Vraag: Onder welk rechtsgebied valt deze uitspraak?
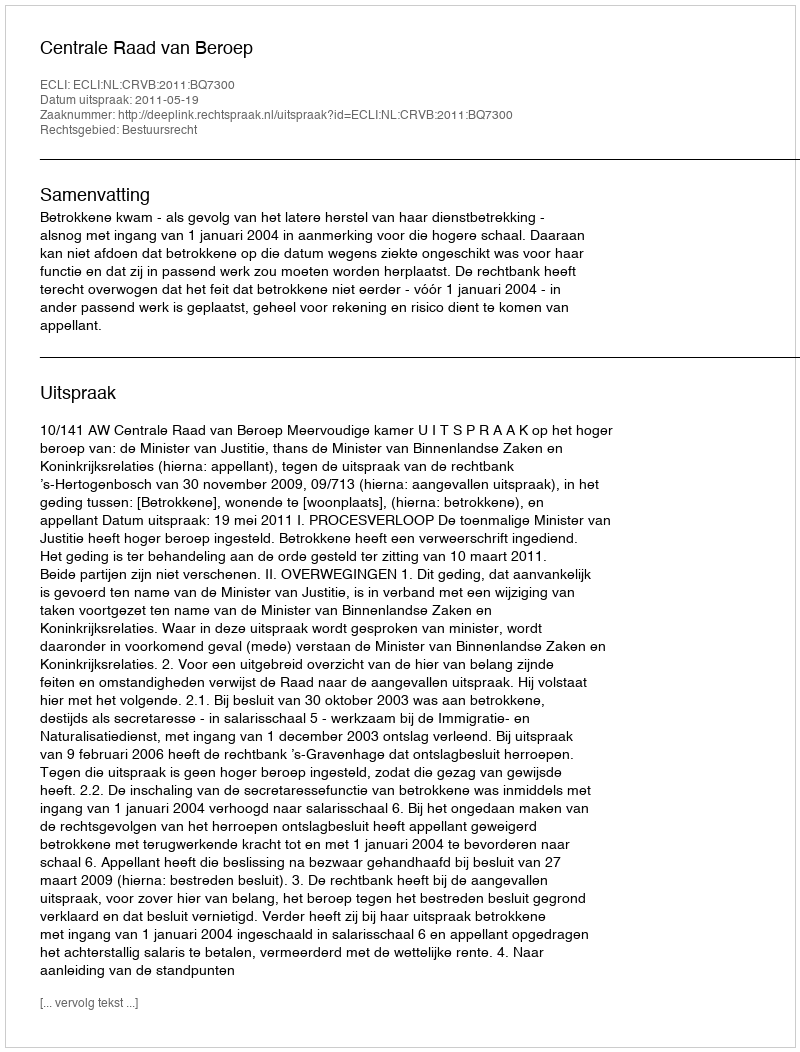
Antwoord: Bestuursrecht